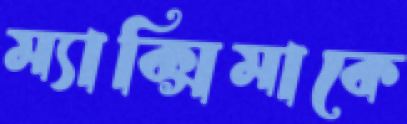
ম্যাক্সিমাকে